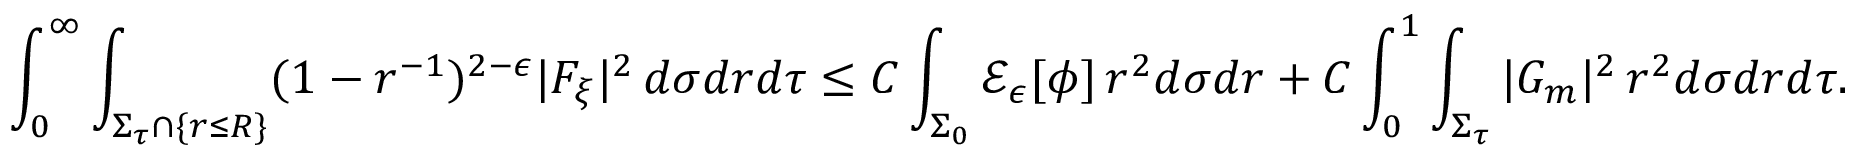
\int _ { 0 } ^ { \infty } \int _ { \Sigma _ { \tau } \cap \{ r \leq R \} } ( 1 - r ^ { - 1 } ) ^ { 2 - \epsilon } | F _ { \xi } | ^ { 2 } \, d \sigma d r d \tau \leq C \int _ { \Sigma _ { 0 } } \mathcal { E } _ { \epsilon } [ \phi ] \, r ^ { 2 } d \sigma d r + C \int _ { 0 } ^ { 1 } \int _ { \Sigma _ { \tau } } | G _ { m } | ^ { 2 } \, r ^ { 2 } d \sigma d r d \tau .